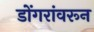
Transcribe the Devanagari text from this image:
डोंगरांवरून